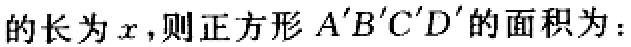
的长为\(x\)，则正方形 \(A'B'C'D'\)的面积为：